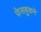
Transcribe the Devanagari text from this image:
फेसबुकने